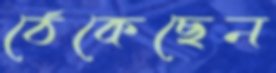
ঠেকেছেন